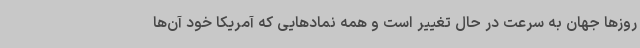
روزها جهان به سرعت در حال تغییر است و همه نمادهایی که آمریکا خود آن‌ها